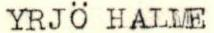
YRJÖ HALME